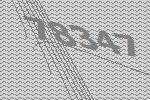
78347